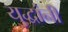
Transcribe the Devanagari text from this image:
युद्धांनी